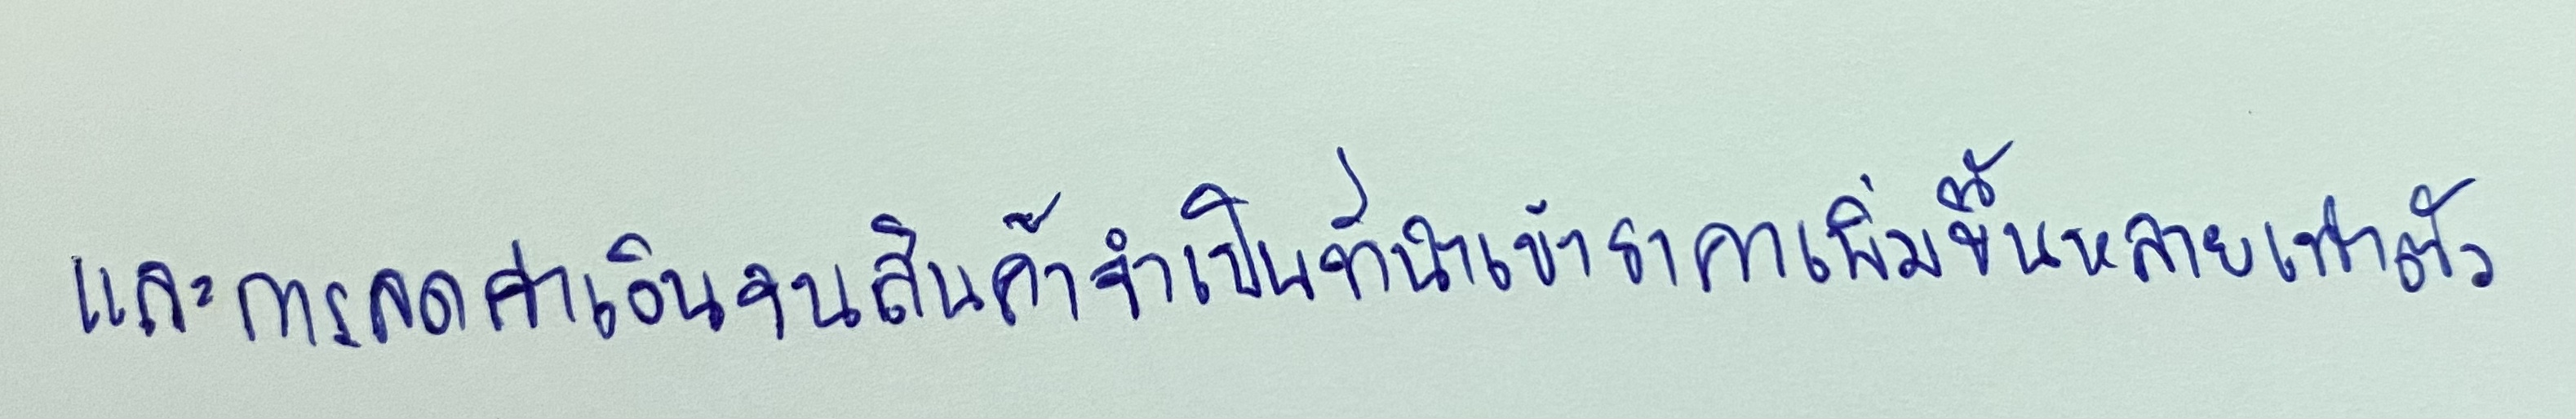
และการลดค่าเงินจนสินค้าจำเป็นที่นำเข้าราคาเพิ่มขึ้นหลายเท่าตัว